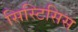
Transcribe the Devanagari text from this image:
सिस्टिसिस